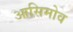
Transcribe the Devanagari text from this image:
आसिमोव